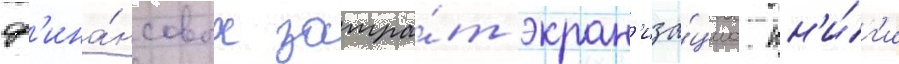
ф'ина́нсовых затра́т экран'иза́циа кн'и́г'и